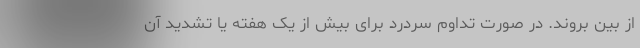
از بین بروند. در صورت تداوم سردرد برای بیش از یک هفته یا تشدید آن